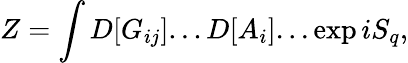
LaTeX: Z=\int D[G_{ij}]...D[A_{i}]...\exp iS_{q},